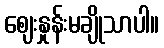
ဈေးနှုန်းမချိုသာပါ။